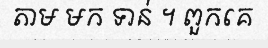
តាម មក ទាន់ ។ ពួកគេ